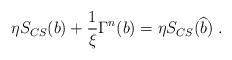
LaTeX: \begin{align*}\eta S_{CS}(b)+\frac 1\xi \Gamma ^n(b)=\eta S_{CS}(\widehat{b})\;.\end{align*}